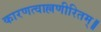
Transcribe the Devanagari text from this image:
कारणत्वाल्लणीरितम्॥